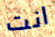
انت